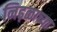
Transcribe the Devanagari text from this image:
निढ़ळाच्या